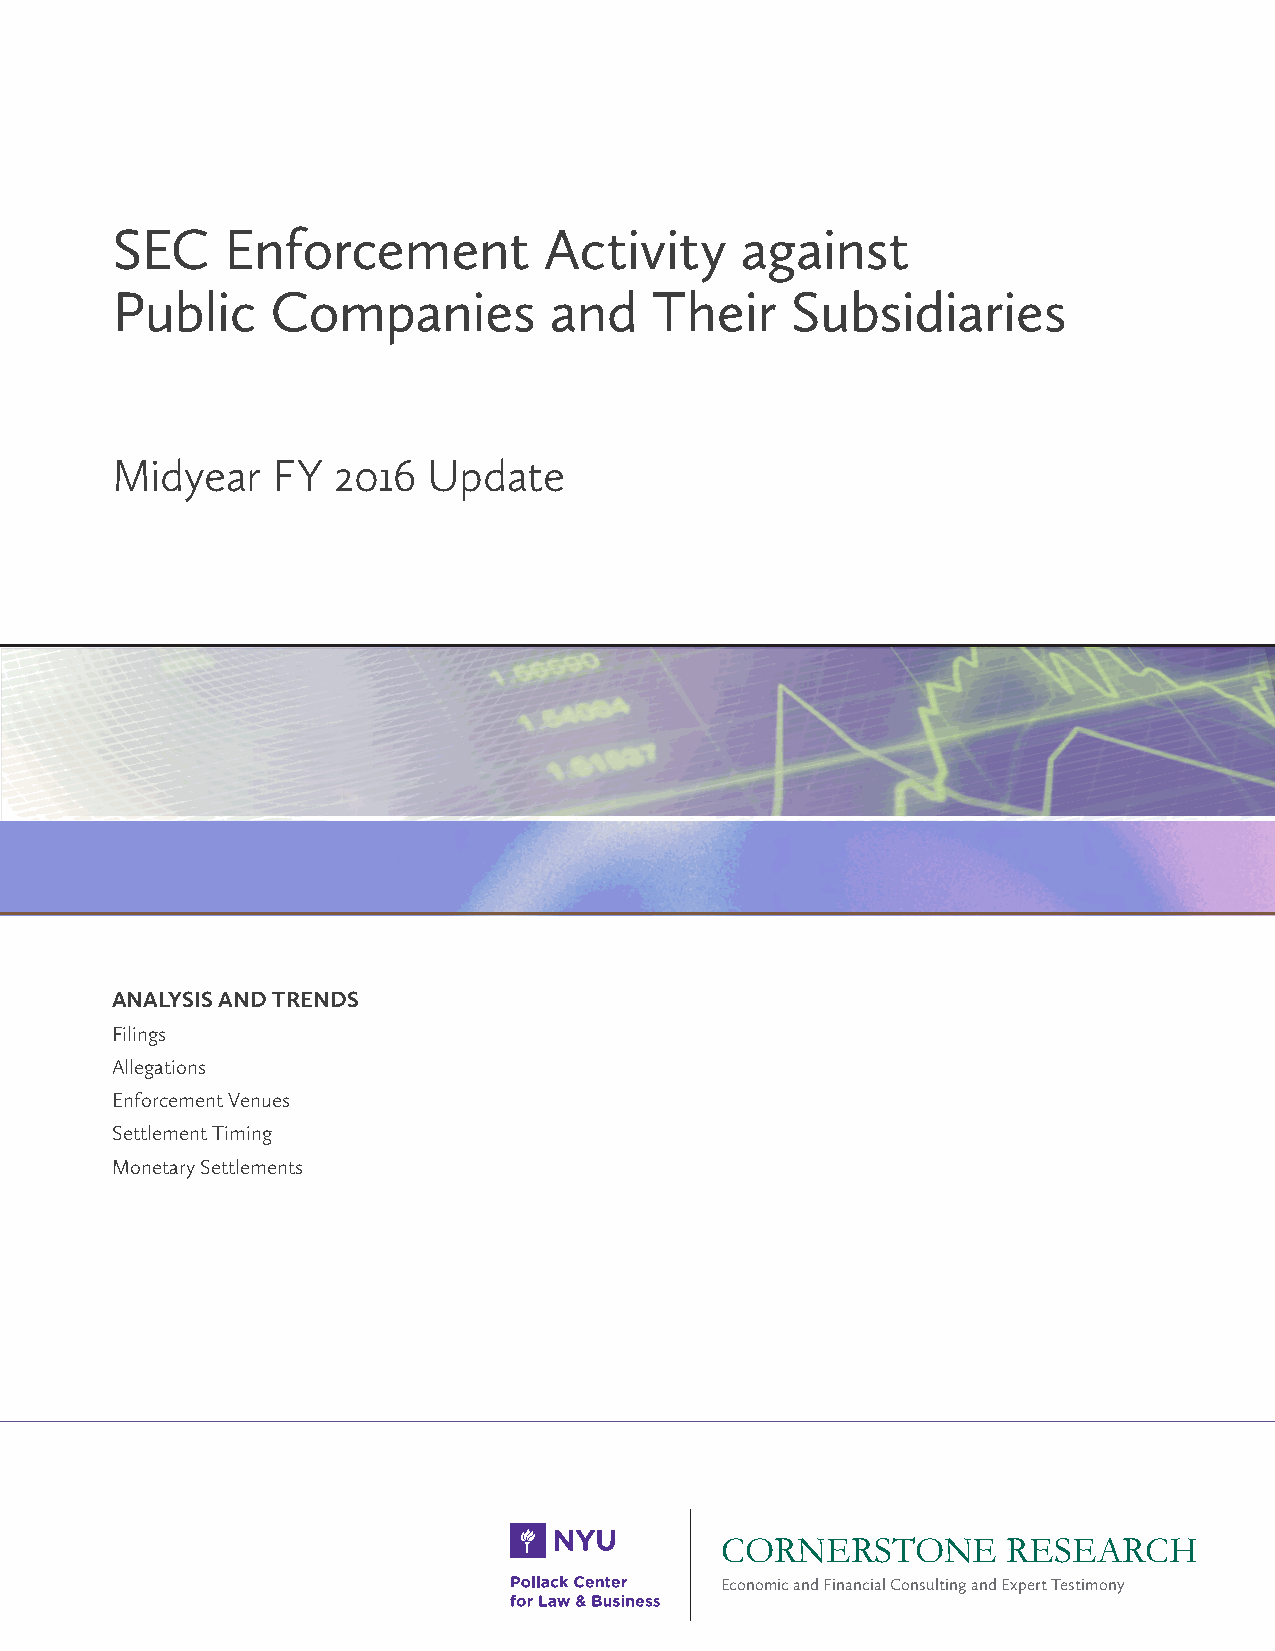
SEC     Enforcement          Activity     against
 Public     Companies         and    Their    Subsidiaries
 Midyear    FY  2016  Update
 ANALYSIS AND TRENDS
 Filings
 Allegations
 Enforcement Venues
 Settlement Timing
 Monetary Settlements
 CORNERSTONE        RESEARCH
 Economic and Financial Consulting and Expert Testimony